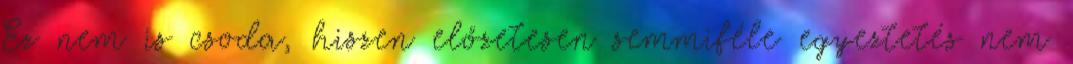
Ez nem is csoda, hiszen előzetesen semmiféle egyeztetés nem